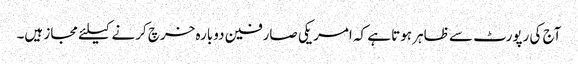
آج کی رپورٹ سے ظاہر ہوتا ہے کہ امریکی صارفین دوبارہ خرچ کرنے کیلئے مجاز ہیں۔